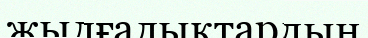
жылғалықтардың